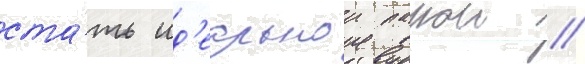
ста́ть ид'еальнои парои //